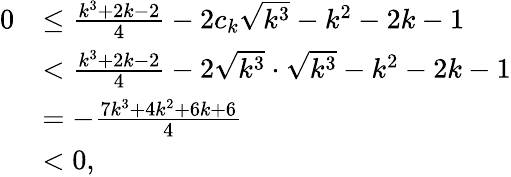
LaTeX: \begin{array}{rl}{0}&{\leq\frac{k^{3}+2k-2}{4}-2c_{k}\sqrt{k^{3}}-k^{2}-2k-1}\\ &{<\frac{k^{3}+2k-2}{4}-2\sqrt{k^{3}}\cdot\sqrt{k^{3}}-k^{2}-2k-1}\\ &{=-\frac{7k^{3}+4k^{2}+6k+6}{4}}\\ &{<0,}\end{array}